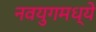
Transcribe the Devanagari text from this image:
नवयुगमध्ये